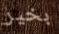
بخير